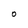
Character: O